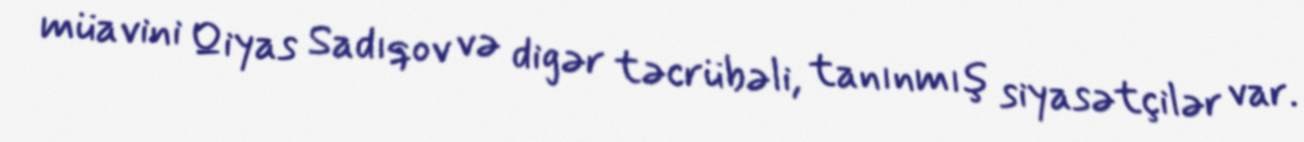
müavini Qiyas Sadıqov və digər təcrübəli, tanınmış siyasətçilər var.